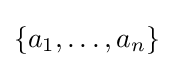
\{a_{1},\ldots ,a_{n}\}